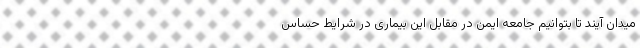
میدان آیند تا بتوانیم جامعه ایمن در مقابل این بیماری در شرایط حساس